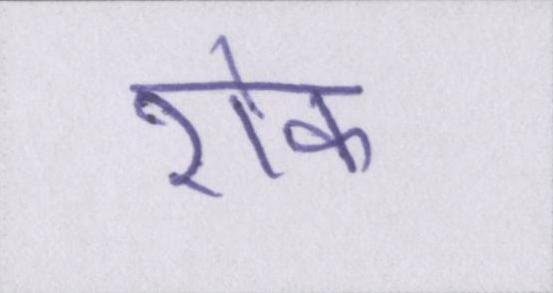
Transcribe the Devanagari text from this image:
रॊक